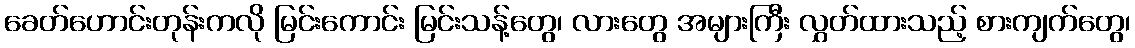
ခေတ်ဟောင်းတုန်းကလို မြင်းကောင်း မြင်းသန့်တွေ၊ လားတွေ အများကြီး လွှတ်ထားသည့် စားကျက်တွေ၊